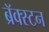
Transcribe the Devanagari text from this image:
ब्रॅक्स्टन